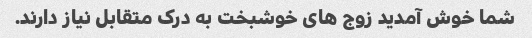
شما خوش آمدید زوج های خوشبخت به درک متقابل نیاز دارند.